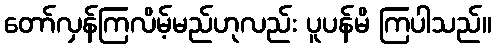
တော်လှန်ကြလိမ့်မည်ဟုလည်း ပူပန်မိ ကြပါသည်။